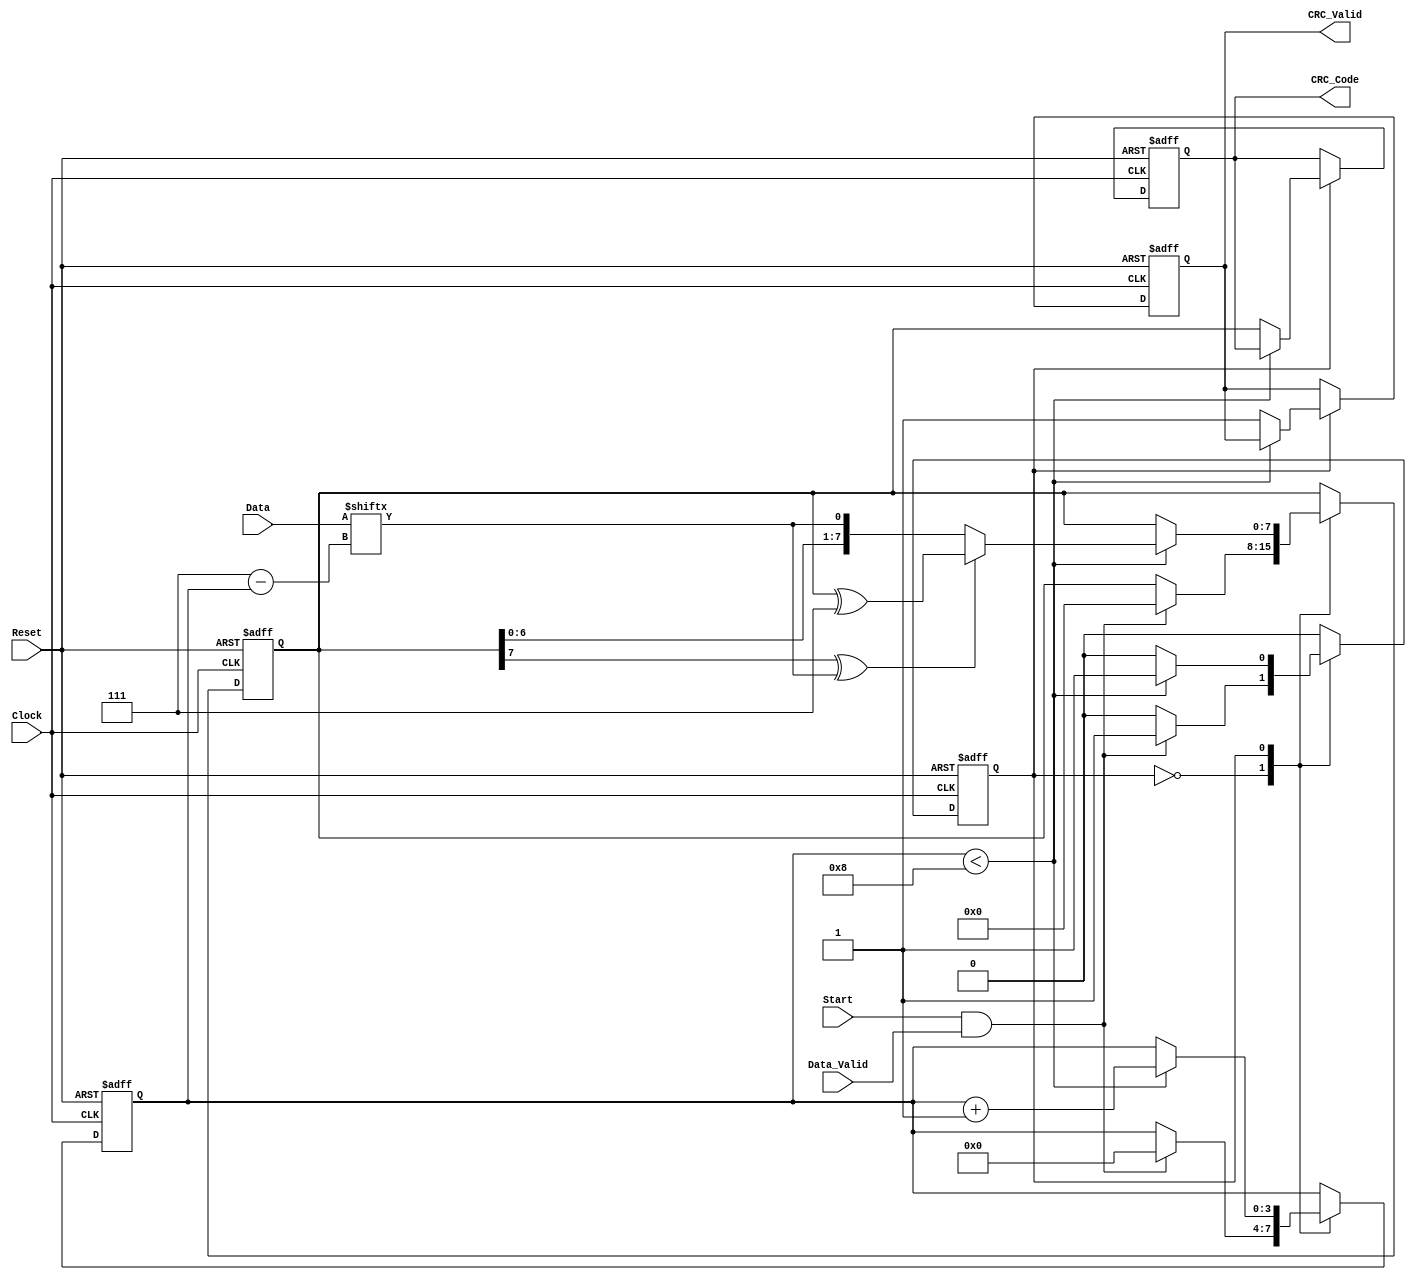
module parameterized_crc #(
    parameter CRC_Width = 8,            // Width of the CRC output
    parameter Poly_Degree = 8,           // Degree of the polynomial
    parameter Polynomial = 8'h07,        // Polynomial coefficients (example: x^8 + x^2 + x + 1)
    parameter Initial_Value = {CRC_Width{1'b0}} // Initial value for CRC
)(
    input wire [CRC_Width-1:0] Data,    // Input data
    input wire Data_Valid,                // Data valid signal
    input wire Reset,                     // Reset signal
    input wire Clock,                     // Clock signal
    input wire Start,                     // Start signal
    output reg [CRC_Width-1:0] CRC_Code, // Computed CRC checksum
    output reg CRC_Valid                  // Valid CRC output signal
);

    // Internal signals
    reg [CRC_Width-1:0] crc_reg;         // CRC shift register
    reg [3:0] bit_count;                  // Bit counter for processing
    reg state;                            // State variable for FSM

    // State definitions
    localparam IDLE = 1'b0;
    localparam PROCESSING = 1'b1;

    // CRC computation logic
    always @(posedge Clock or posedge Reset) begin
        if (Reset) begin
            crc_reg <= Initial_Value;      // Reset CRC register to initial value
            CRC_Code <= Initial_Value;     // Reset CRC output
            CRC_Valid <= 1'b0;             // Invalidate CRC output
            bit_count <= 4'b0;             // Reset bit counter
            state <= IDLE;                 // Set state to IDLE
        end else begin
            case (state)
                IDLE: begin
                    if (Start && Data_Valid) begin
                        crc_reg <= Initial_Value; // Initialize CRC register
                        bit_count <= 4'b0;        // Reset bit counter
                        state <= PROCESSING;      // Move to PROCESSING state
                    end
                end

                PROCESSING: begin
                    if (bit_count < CRC_Width) begin
                        // Shift in the next bit of data
                        crc_reg <= {crc_reg[CRC_Width-2:0], Data[CRC_Width-1-bit_count]};
                        // Perform polynomial division using XOR
                        if (crc_reg[CRC_Width-1] ^ Data[CRC_Width-1-bit_count]) begin
                            crc_reg <= crc_reg ^ Polynomial; // XOR with polynomial
                        end
                        bit_count <= bit_count + 1; // Increment bit counter
                    end else begin
                        CRC_Code <= crc_reg;        // Output the final CRC value
                        CRC_Valid <= 1'b1;          // Indicate CRC is valid
                        state <= IDLE;              // Return to IDLE state
                    end
                end

                default: state <= IDLE;          // Default case to avoid latches
            endcase
        end
    end

endmodule